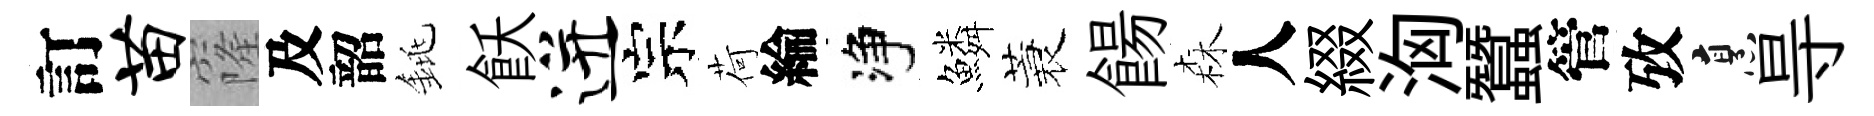
訂苗窿及韶銚飫迸宗荷綸净鱗蓑餳森人綴洶蠶管攷烹㝵